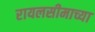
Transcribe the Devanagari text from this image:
रायलसीमाच्या